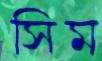
সিম